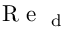
\textup { R e } _ { \textup { d } }